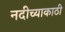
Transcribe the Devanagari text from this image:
नदीच्याकाठी